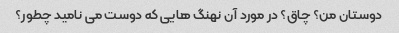
دوستان من؟ چاق؟ در مورد آن نهنگ هایی که دوست می نامید چطور؟